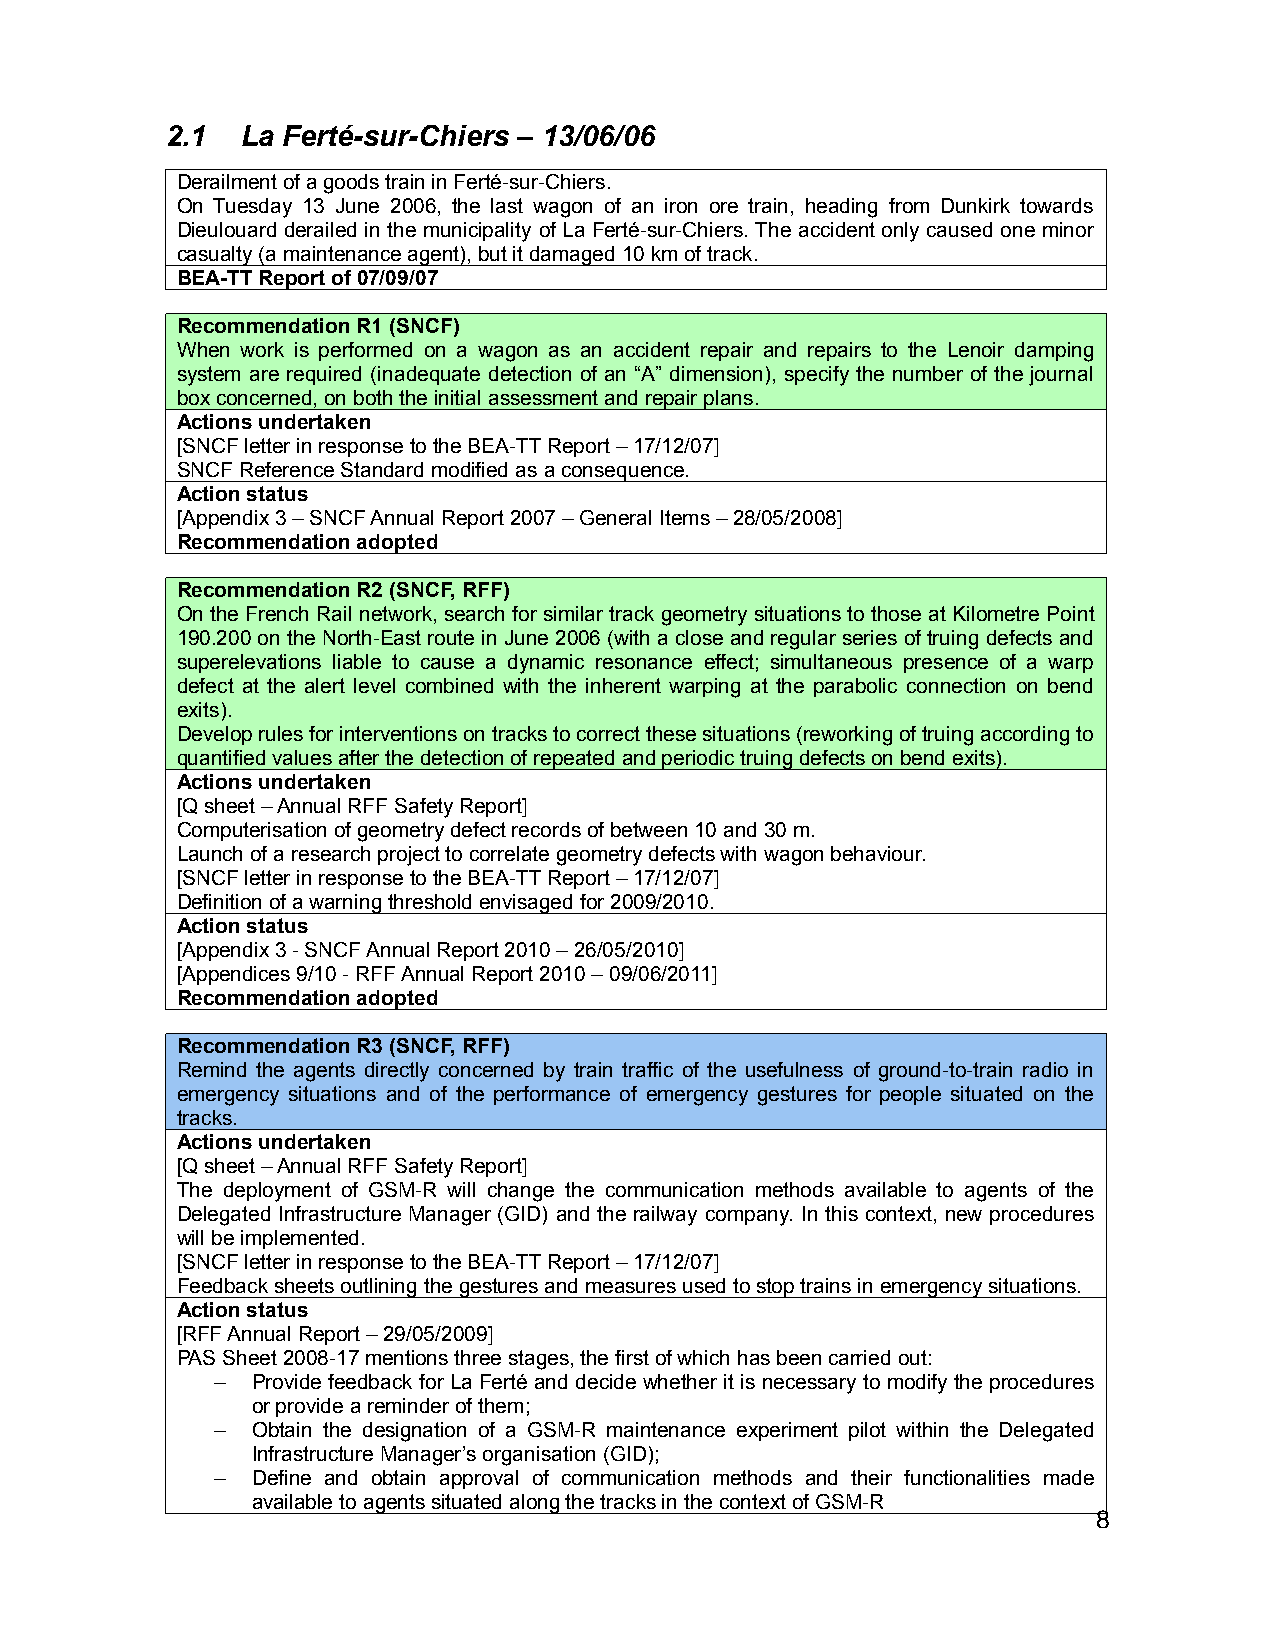
2.1  La Ferté-sur-Chiers – 13/06/06
 Derailment of a goods train in Ferté-sur-Chiers.
 On Tuesday 13 June 2006, the last wagon of an iron ore train, heading from Dunkirk towards
 Dieulouard derailed in the municipality of La Ferté-sur-Chiers. The accident only caused one minor
 casualty (a maintenance agent), but it damaged 10 km of track.
 BEA-TT Report of 07/09/07
 Recommendation R1 (SNCF)
 When work is performed on a wagon as an accident repair and repairs to the Lenoir damping
 system are required (inadequate detection of an “A” dimension), specify the number of the journal
 box concerned, on both the initial assessment and repair plans.
 Actions undertaken
 [SNCF letter in response to the BEA-TT Report – 17/12/07]
 SNCF Reference Standard modified as a consequence.
 Action status
 [Appendix 3 – SNCF Annual Report 2007 – General Items – 28/05/2008]
 Recommendation adopted
 Recommendation R2 (SNCF, RFF)
 On the French Rail network, search for similar track geometry situations to those at Kilometre Point
 190.200 on the North-East route in June 2006 (with a close and regular series of truing defects and
 superelevations liable to cause a dynamic resonance effect; simultaneous presence of a warp
 defect at the alert level combined with the inherent warping at the parabolic connection on bend
 exits).
 Develop rules for interventions on tracks to correct these situations (reworking of truing according to
 quantified values after the detection of repeated and periodic truing defects on bend exits).
 Actions undertaken
 [Q sheet – Annual RFF Safety Report]
 Computerisation of geometry defect records of between 10 and 30 m.
 Launch of a research project to correlate geometry defects with wagon behaviour.
 [SNCF letter in response to the BEA-TT Report – 17/12/07]
 Definition of a warning threshold envisaged for 2009/2010.
 Action status
 [Appendix 3 - SNCF Annual Report 2010 – 26/05/2010]
 [Appendices 9/10 - RFF Annual Report 2010 – 09/06/2011]
 Recommendation adopted
 Recommendation R3 (SNCF, RFF)
 Remind the agents directly concerned by train traffic of the usefulness of ground-to-train radio in
 emergency situations and of the performance of emergency gestures for people situated on the
 tracks.
 Actions undertaken
 [Q sheet – Annual RFF Safety Report]
 The deployment of GSM-R will change the communication methods available to agents of the
 Delegated Infrastructure Manager (GID) and the railway company. In this context, new procedures
 will be implemented.
 [SNCF letter in response to the BEA-TT Report – 17/12/07]
 Feedback sheets outlining the gestures and measures used to stop trains in emergency situations.
 Action status
 [RFF Annual Report – 29/05/2009]
 PAS Sheet 2008-17 mentions three stages, the first of which has been carried out:
 –  Provide feedback for La Ferté and decide whether it is necessary to modify the procedures
 or provide a reminder of them;
 –  Obtain the designation of a GSM-R maintenance experiment pilot within the Delegated
 Infrastructure Manager’s organisation (GID);
 –  Define and obtain approval of communication methods and their functionalities made
 available to agents situated along the tracks in the context of GSM-R
 8